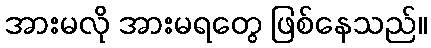
အားမလို အားမရတွေ ဖြစ်နေသည်။